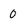
Character: 0